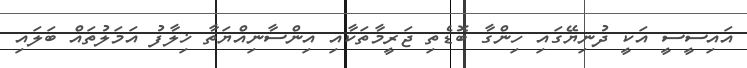
އައިސީސީ އަކީ ދުނިޔޭގައި ހިންގާ ބޮޑެތި ޖަރީމާތަކާއި އިންސާނިއްޔަތާ ޚިލާފު އަމަލުތައް ބަލައި